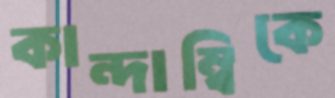
কান্দাম্বিকে